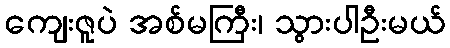
ကျေးဇူပဲ အစ်မကြီး၊ သွားပါဦးမယ်